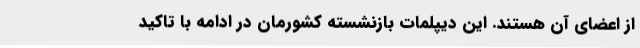
از اعضای آن هستند. این دیپلمات بازنشسته کشورمان در ادامه با تاکید